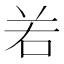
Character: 𠰥